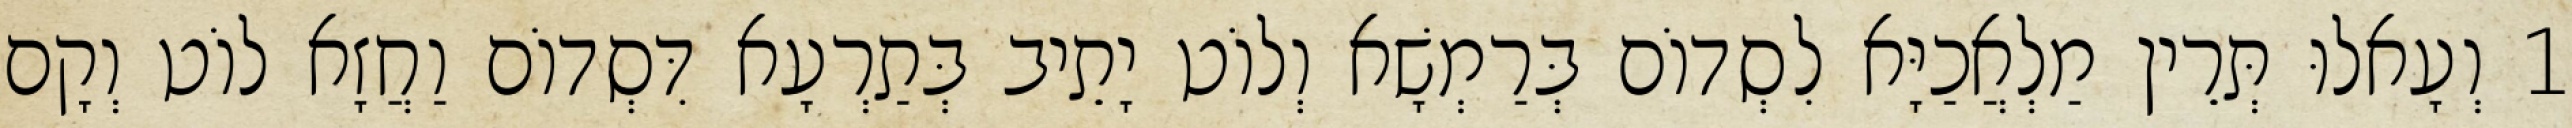
1 וְעָאלוּ תְּרֵין מַלְאֲכַיָּא לִסְדוֹם בְּרַמְשָׁא וְלוֹט יָתֵיב בְּתַרְעָא דִּסְדוֹם וַחֲזָא לוֹט וְקָם